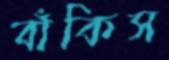
বাঁকিস